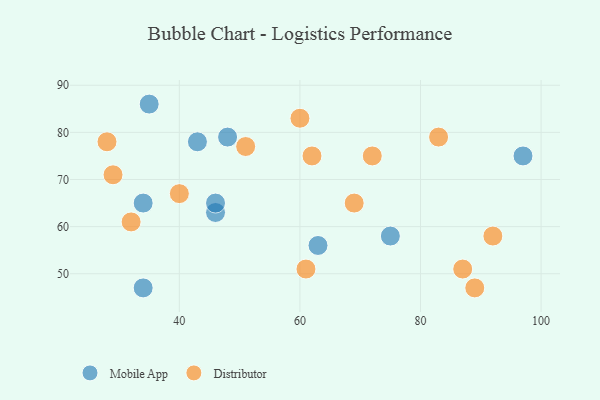
{"axis": {"x": "GDP", "y": "Life Expectancy"}, "legend": ["Distributor", "Mobile App"], "data": [{"x": "46", "y": 63, "type": "Mobile App"}, {"x": "97", "y": 75, "type": "Mobile App"}, {"x": "43", "y": 78, "type": "Mobile App"}, {"x": "63", "y": 56, "type": "Mobile App"}, {"x": "48", "y": 79, "type": "Mobile App"}, {"x": "46", "y": 65, "type": "Mobile App"}, {"x": "34", "y": 65, "type": "Mobile App"}, {"x": "35", "y": 86, "type": "Mobile App"}, {"x": "34", "y": 47, "type": "Mobile App"}, {"x": "75", "y": 58, "type": "Mobile App"}, {"x": "83", "y": 79, "type": "Distributor"}, {"x": "51", "y": 77, "type": "Distributor"}, {"x": "60", "y": 83, "type": "Distributor"}, {"x": "89", "y": 47, "type": "Distributor"}, {"x": "28", "y": 78, "type": "Distributor"}, {"x": "92", "y": 58, "type": "Distributor"}, {"x": "72", "y": 75, "type": "Distributor"}, {"x": "69", "y": 65, "type": "Distributor"}, {"x": "32", "y": 61, "type": "Distributor"}, {"x": "62", "y": 75, "type": "Distributor"}, {"x": "87", "y": 51, "type": "Distributor"}, {"x": "61", "y": 51, "type": "Distributor"}, {"x": "40", "y": 67, "type": "Distributor"}, {"x": "29", "y": 71, "type": "Distributor"}]}